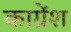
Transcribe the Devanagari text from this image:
काग्रेंश